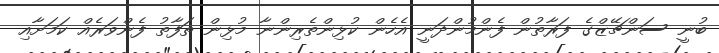
ބުނީ ސަންޗޭޒްގެ ފަރާތުން ފެންމުންދަނީ އެހެން ކުޅިންތެރިންނާ މުޅިން ތަފާތު ފެންވަރެއް ކަމަށާއި